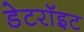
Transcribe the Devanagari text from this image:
डेटरॉइट